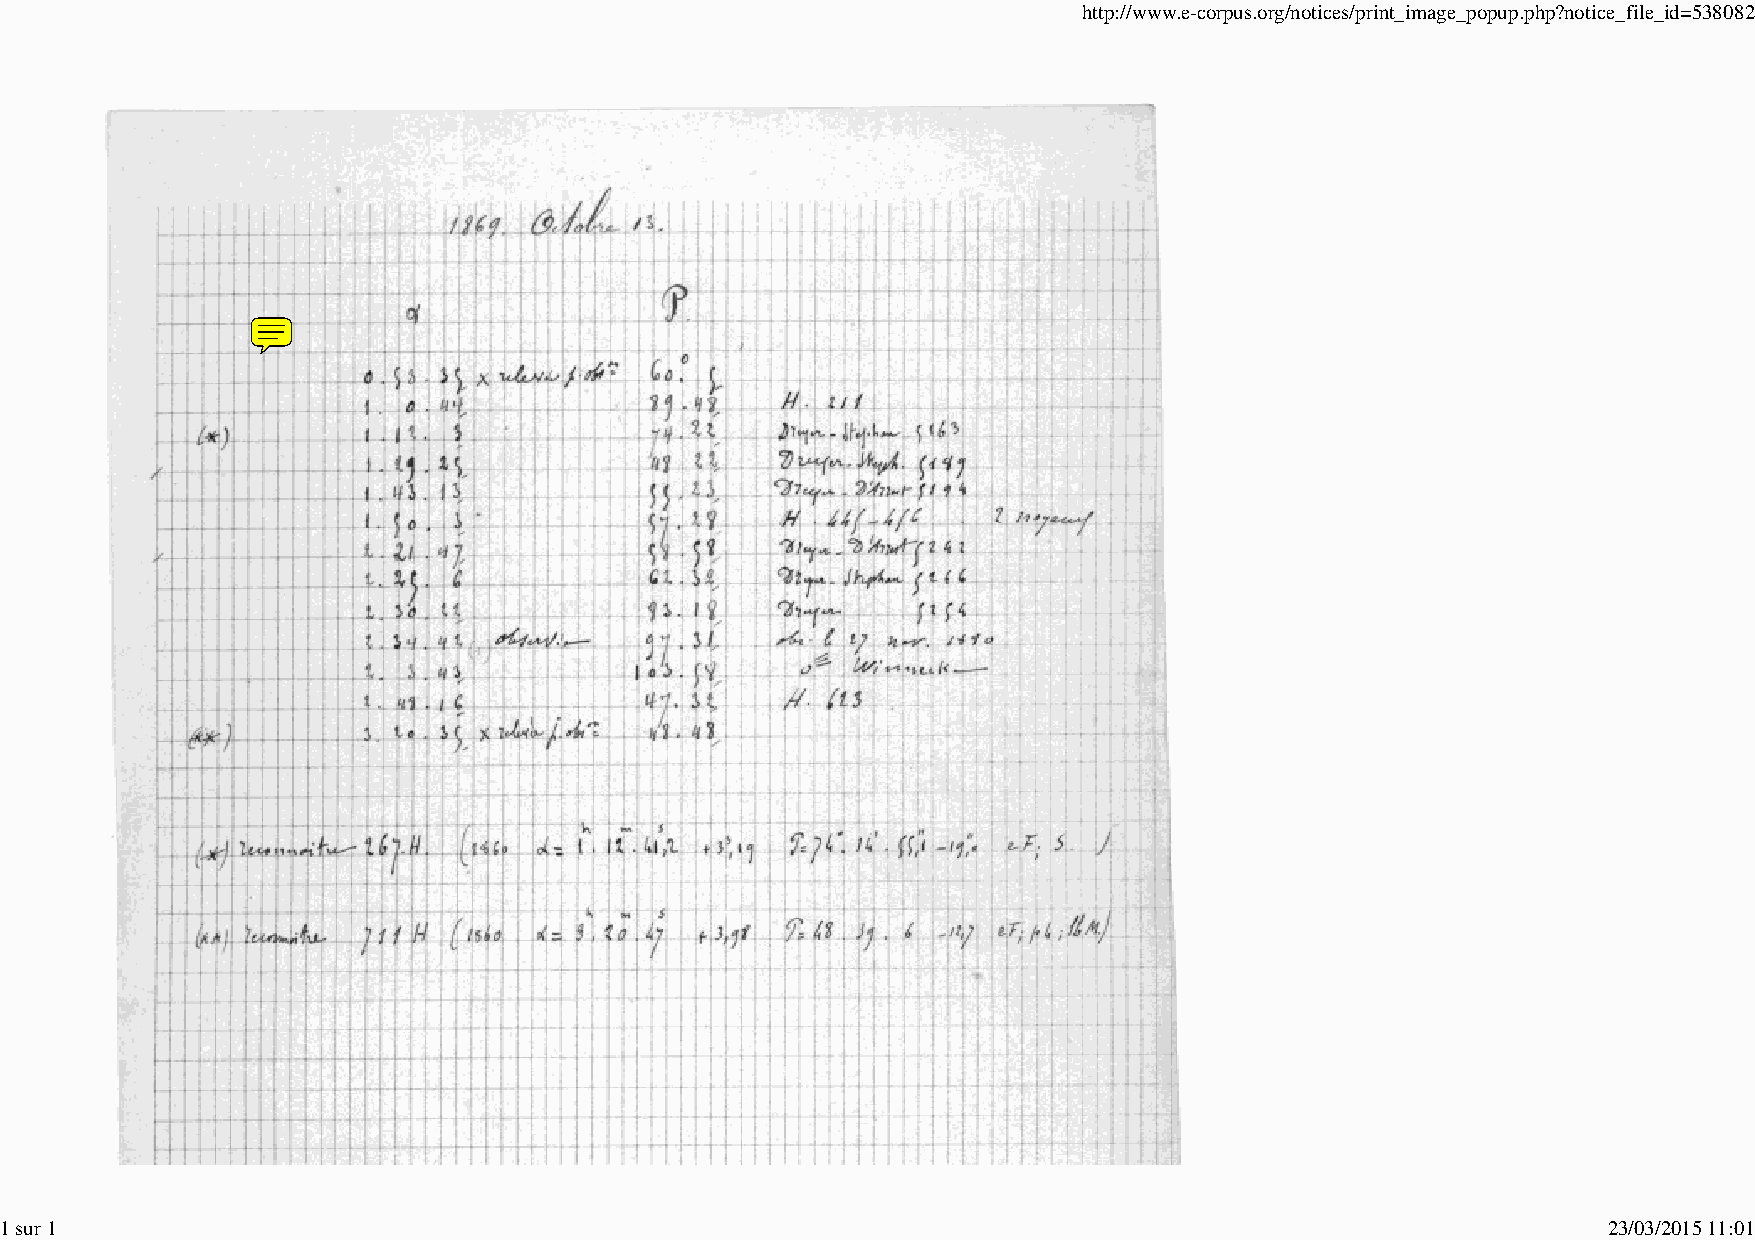
http://www.e-corpus.org/notices/print_image_popup.php?notice_file_id=538082
 1 sur 1                                                                                                   23/03/2015 11:01